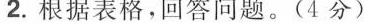
2.根据表格，回答问题。(4分)